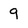
Character: q